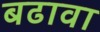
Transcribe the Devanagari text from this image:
बढावा